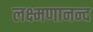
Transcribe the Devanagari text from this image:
लक्ष्मणानन्द